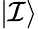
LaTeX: |\mathcal{I}\rangle